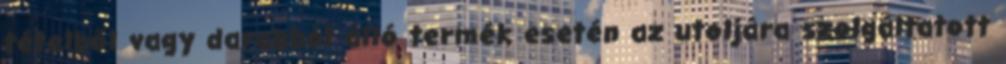
tételből vagy darabból álló termék esetén az utoljára szolgáltatott